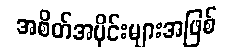
အစိတ်အပိုင်းများအဖြစ်